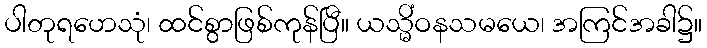
ပါတုရဟေသုံ၊ ထင်စွာဖြစ်ကုန်ပြီ။ ယသ္မိံဝနသမယေ၊ အကြင်အခါ၌။